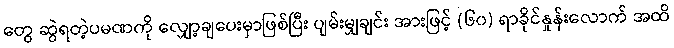
တွေ ဆွဲရတဲ့ပမဏကို လျှော့ချပေးမှာဖြစ်ပြီး ပျမ်းမျှချင်း အားဖြင့် (၆၀) ရာခိုင်နှုန်းလောက် အထိ